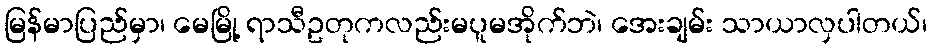
မြန်မာပြည်မှာ၊ မေမြို့ ရာသီဥတုကလည်းမပူမအိုက်ဘဲ၊ အေးချမ်း သာယာလှပါတယ်၊